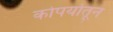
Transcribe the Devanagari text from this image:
कोपर्यातून